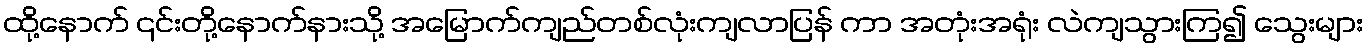
ထို့နောက် ၎င်းတို့နောက်နားသို့ အမြောက်ကျည်တစ်လုံးကျလာပြန် ကာ အတုံးအရုံး လဲကျသွားကြ၍ သွေးများ